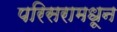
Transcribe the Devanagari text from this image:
परिसरामधून